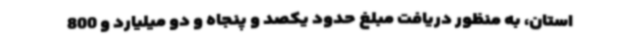
استان، به منظور دریافت مبلغ حدود یکصد و پنجاه و دو میلیارد و 800